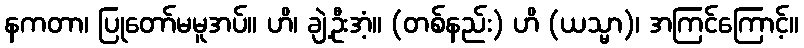
နကတာ၊ ပြုတော်မမူအပ်။ ဟိ၊ ချဲ့ဦးအံ့။ (တစ်နည်း) ဟိ (ယသ္မာ)၊ အကြင်ကြောင့်။